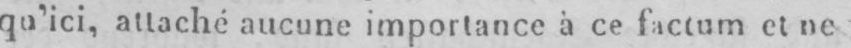
qu’ici, attaché aucune importance à ce factum et ne